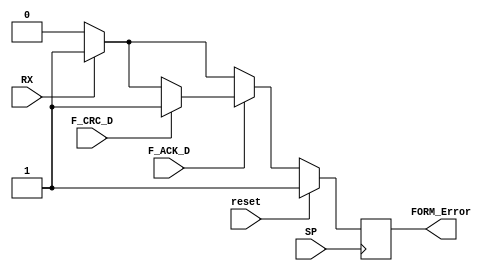
module Form_Error_Block(
	input reset, SP, RX, F_ACK_D, F_CRC_D,
	output reg FORM_Error
);

initial FORM_Error = 1'b1;

always@(posedge SP) begin
	
	if(reset) begin
		FORM_Error <= 1'b1;
	end
	else begin
		FORM_Error <= 1'b1;
		if(F_ACK_D == 0) begin
			$display("Verificando o bit do ACK Delimiter");
			if(RX == 0) begin
				$display("Encontrei um erro no ACK Delimiter");
				FORM_Error <= 1'b0;
			end
		end
		else begin
			if(F_CRC_D == 0) begin
				$display("Verificando o bit do CRC Delimiter");
				if(RX ==0) begin
					$display("Encontrei um erro no CRC Delimiter");
					FORM_Error <= 1'b0;
				end
			end
			else begin
				FORM_Error <= 1'b1;
			end
		end
	end
	
end
endmodule